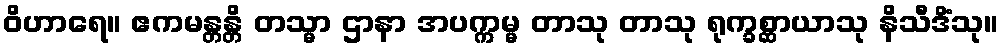
ဝိဟာရေ။ ဧကမန္တန္တိ တသ္မာ ဌာနာ အပက္ကမ္မ တာသု တာသု ရုက္ခစ္ဆာယာသု နိသီဒိံသု။